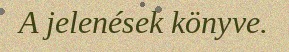
A jelenések könyve.